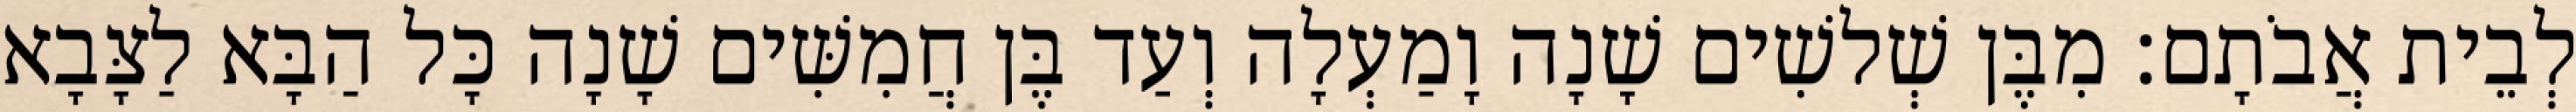
לְבֵית אֲבֹתָם׃ מִבֶּן שְׁלשִׁים שָׁנָה וָמַעְלָה וְעַד בֶּן חֲמִשִּׁים שָׁנָה כָּל הַבָּא לַצָּבָא